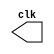
module clock ( output clk ); 
    reg clk; 
 
 initial   
    begin    
        clk = 1'b0;   
    end 
 
 always   
    begin    
        #24 clk = ~clk;//Altercacao pulso clock 12 unidades de tempo
    end 
 
endmodule